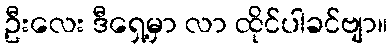
ဦးလေး ဒီရှေ့မှာ လာ ထိုင်ပါခင်ဗျာ။